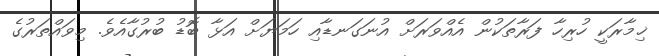
ޚިމާރަކީ ހުރިހާ ފަރާތަކުން އެއްވަރަށް އުނަގަނޑާއި ހަމަޔަށް އަޅާ ބޮޑު ބުރުގާއެވެ. މިވައްތަރުގެ